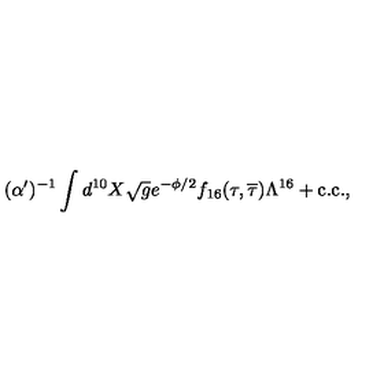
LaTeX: ( \alpha ^ { \prime } ) ^ { - 1 } \int d ^ { 1 0 } X \sqrt g e ^ { - \phi / 2 } f _ { 1 6 } ( \tau , \overline { { \tau } } ) \Lambda ^ { 1 6 } + \mathrm { c . c . } ,